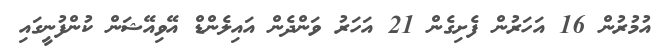
އުމުރުން 16 އަހަރުން ފެށިގެން 21 އަހަރު ވަންދެން އައިލެންޑް އޭވިއޭޝަން ކުންފުނީގައި